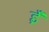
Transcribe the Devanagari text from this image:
ईँ